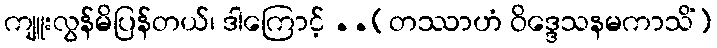
ကျူးလွန်မိပြန်တယ်၊ ဒါကြောင့် ..(တဿာဟံ ဝိဒ္ဒေသနမကာသိံ)